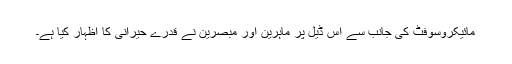
مائیکروسوفٹ کی جانب سے اس ڈیل پر ماہرین اور مبصرین نے قدرے حیرانی کا اظہار کیا ہے۔